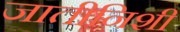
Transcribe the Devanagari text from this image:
जातीनिशी